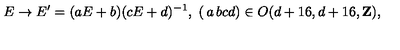
E \rightarrow E ^ { \prime } = ( a E + b ) ( c E + d ) ^ { - 1 } , \ \left( \begin{matrix} { a } & { b } \\ { c } & { d } \\ \end{matrix} \right) \in O ( d + 1 6 , d + 1 6 , { \bf Z } ) ,